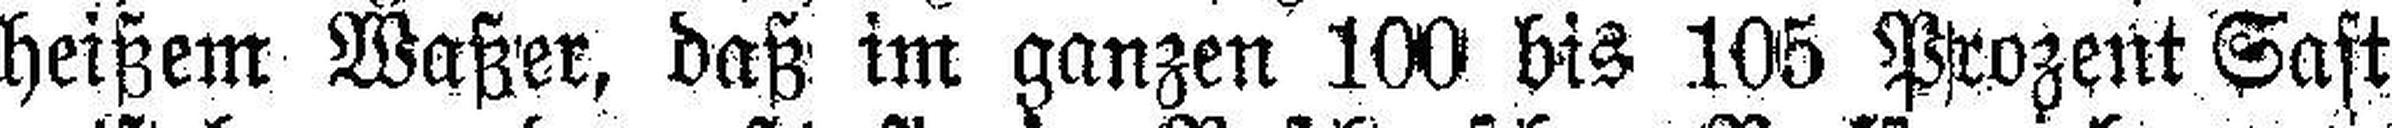
heißem Waßer, daß im ganzen 100 bis 105 Prozent Sast